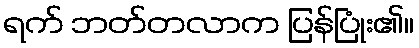
ရက် ဘတ်တလာက ပြန်ပြုံး၏။